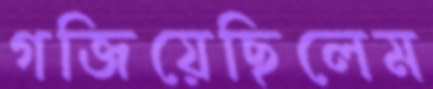
গজিয়েছিলেম